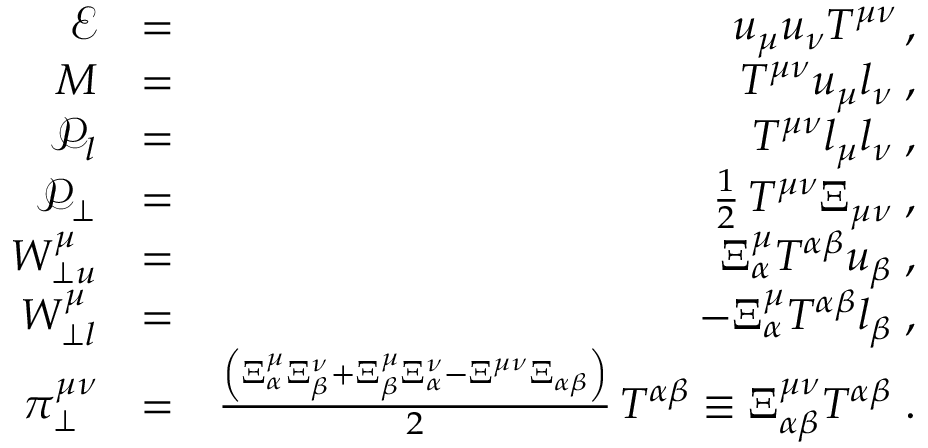
\begin{array} { r l r } { \mathcal { E } } & { = } & { u _ { \mu } u _ { \nu } T ^ { \mu \nu } \, , } \\ { M } & { = } & { T ^ { \mu \nu } u _ { \mu } l _ { \nu } \; , } \\ { \mathcal { P } _ { l } } & { = } & { T ^ { \mu \nu } l _ { \mu } l _ { \nu } \; , } \\ { \mathcal { P } _ { \perp } } & { = } & { \frac { 1 } { 2 } \, T ^ { \mu \nu } \Xi _ { \mu \nu } \; , } \\ { W _ { \perp u } ^ { \mu } } & { = } & { \Xi _ { \alpha } ^ { \mu } T ^ { \alpha \beta } u _ { \beta } \; , } \\ { W _ { \perp l } ^ { \mu } } & { = } & { - \Xi _ { \alpha } ^ { \mu } T ^ { \alpha \beta } l _ { \beta } \; , } \\ { \pi _ { \perp } ^ { \mu \nu } } & { = } & { \frac { \left( \Xi _ { \alpha } ^ { \mu } \Xi _ { \beta } ^ { \nu } + \Xi _ { \beta } ^ { \mu } \Xi _ { \alpha } ^ { \nu } - \Xi ^ { \mu \nu } \Xi _ { \alpha \beta } \right) } { 2 } \, T ^ { \alpha \beta } \equiv \Xi _ { \alpha \beta } ^ { \mu \nu } T ^ { \alpha \beta } \; . } \end{array}